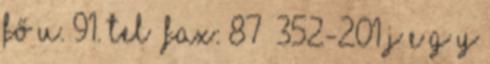
Fő u. 91. Tel Fax: 87 352-201 J E G Y